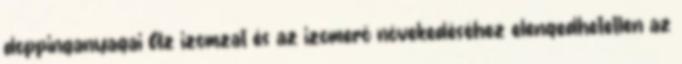
doppinganyagai Az izomzat és az izomerő növekedéséhez elengedhetetlen az